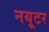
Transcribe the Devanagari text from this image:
नयूटर